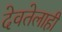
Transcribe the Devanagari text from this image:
देवतेलाही